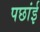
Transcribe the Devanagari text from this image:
पछांई